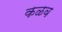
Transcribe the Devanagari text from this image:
कळव